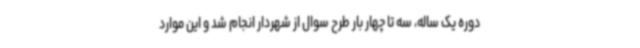
دوره یک ساله، سه تا چهار بار طرح سوال از شهردار انجام شد و این موارد